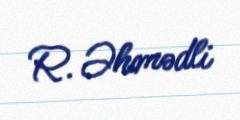
R. Əhmədli